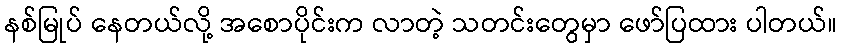
နစ်မြုပ် နေတယ်လို့ အစောပိုင်းက လာတဲ့ သတင်းတွေမှာ ဖော်ပြထား ပါတယ်။